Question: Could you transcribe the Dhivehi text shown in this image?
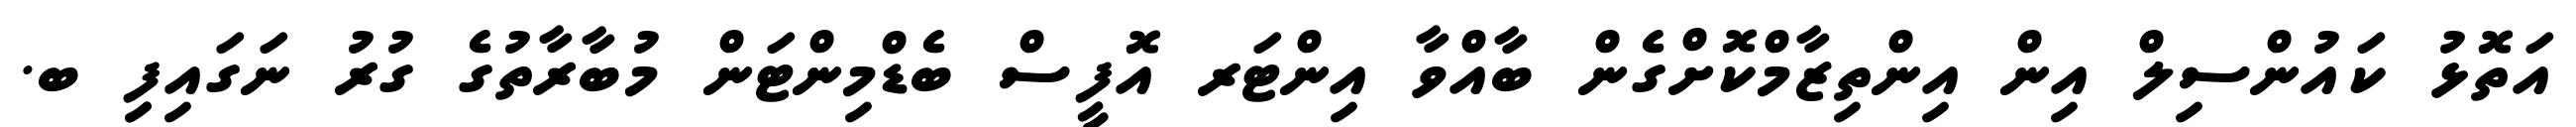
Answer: އަތޮޅު ކައުންސިލް އިން އިންތިޒާމްކޮށްގެން ބާއްވާ އިންޓަރ އޮފީސް ބެޑްމިންޓަން މުބާރާތުގެ ގުރު ނަގައިފިި ބ.